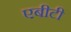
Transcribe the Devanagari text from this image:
एबीटी